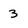
Character: 3